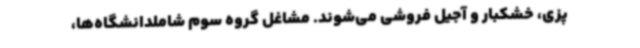
پزی، خشکبار و آجیل فروشی می‌شوند. مشاغل گروه سوم شاملدانشگاه‌ها،